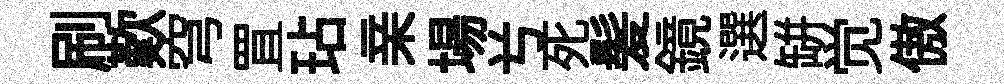
刷歎穹罝玷亲場𠔃死髪鏡選缾觉傲